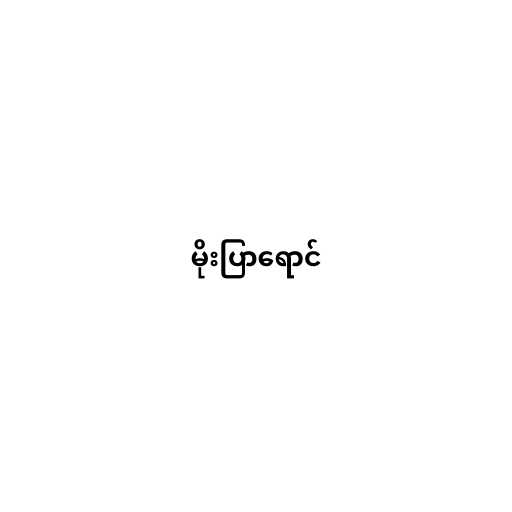
မိုးပြာရောင်